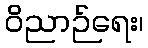
ဝိညာဉ်ရေး၊